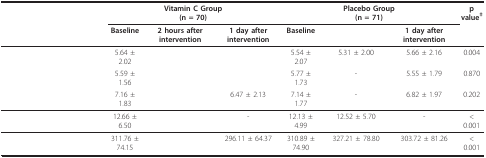
<table><thead><tr><td>[EMPTY_CELL]</td><td colspan="3"><b>Vitamin C Group(n = 70)</b></td><td colspan="3"><b>Placebo Group(n = 71)</b></td><td><b>p value<sup>‡</sup></b></td></tr><tr><td>[EMPTY_CELL]</td><td><b>Baseline</b></td><td><b>2 hours after intervention</b></td><td><b>1 day after intervention</b></td><td><b>Baseline</b></td><td>[EMPTY_CELL]</td><td><b>1 day after intervention</b></td><td>[EMPTY_CELL]</td></tr></thead><tbody><tr><td>[EMPTY_CELL]</td><td>5.64 ± 2.02</td><td>[EMPTY_CELL]</td><td>[EMPTY_CELL]</td><td>5.54 ± 2.07</td><td>5.31 ± 2.00</td><td>5.66 ± 2.16</td><td>0.004</td></tr><tr><td>[EMPTY_CELL]</td><td>5.59 ± 1.56</td><td>[EMPTY_CELL]</td><td>[EMPTY_CELL]</td><td>5.77 ± 1.73</td><td>-</td><td>5.55 ± 1.79</td><td>0.870</td></tr><tr><td>[EMPTY_CELL]</td><td>7.16 ± 1.83</td><td>[EMPTY_CELL]</td><td>6.47 ± 2.13</td><td>7.14 ± 1.77</td><td>-</td><td>6.82 ± 1.97</td><td>0.202</td></tr><tr><td>[EMPTY_CELL]</td><td>12.66 ± 6.50</td><td>[EMPTY_CELL]</td><td>-</td><td>12.13 ± 4.99</td><td>12.52 ± 5.70</td><td>-</td><td>&lt; 0.001</td></tr><tr><td>[EMPTY_CELL]</td><td>311.76 ± 74.15</td><td>[EMPTY_CELL]</td><td>296.11 ± 64.37</td><td>310.89 ± 74.90</td><td>327.21 ± 78.80</td><td>303.72 ± 81.26</td><td>&lt; 0.001</td></tr></tbody></table>